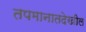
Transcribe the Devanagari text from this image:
तपमानातदेखील